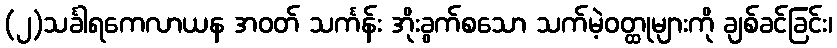
(၂)သင်္ခါရကေလာယန အဝတ် သင်္ကန်း အိုးခွက်စသော သက်မဲ့ဝတ္ထုများကို ချစ်ခင်ခြင်း၊